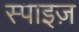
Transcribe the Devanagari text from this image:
स्पाइज़